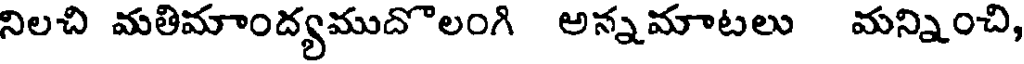
నిలచి మతిమాంద్యముదొలంగి అన్నమాటలు మన్నించి,